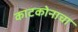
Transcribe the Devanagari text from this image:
काटकोनाचा